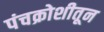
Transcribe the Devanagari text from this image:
पंचक्रोशीतून